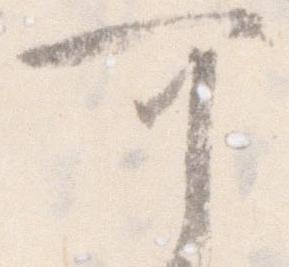
可